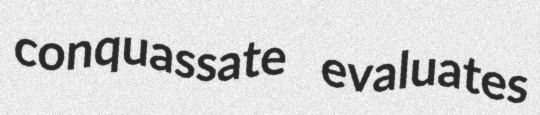
conquassate evaluates